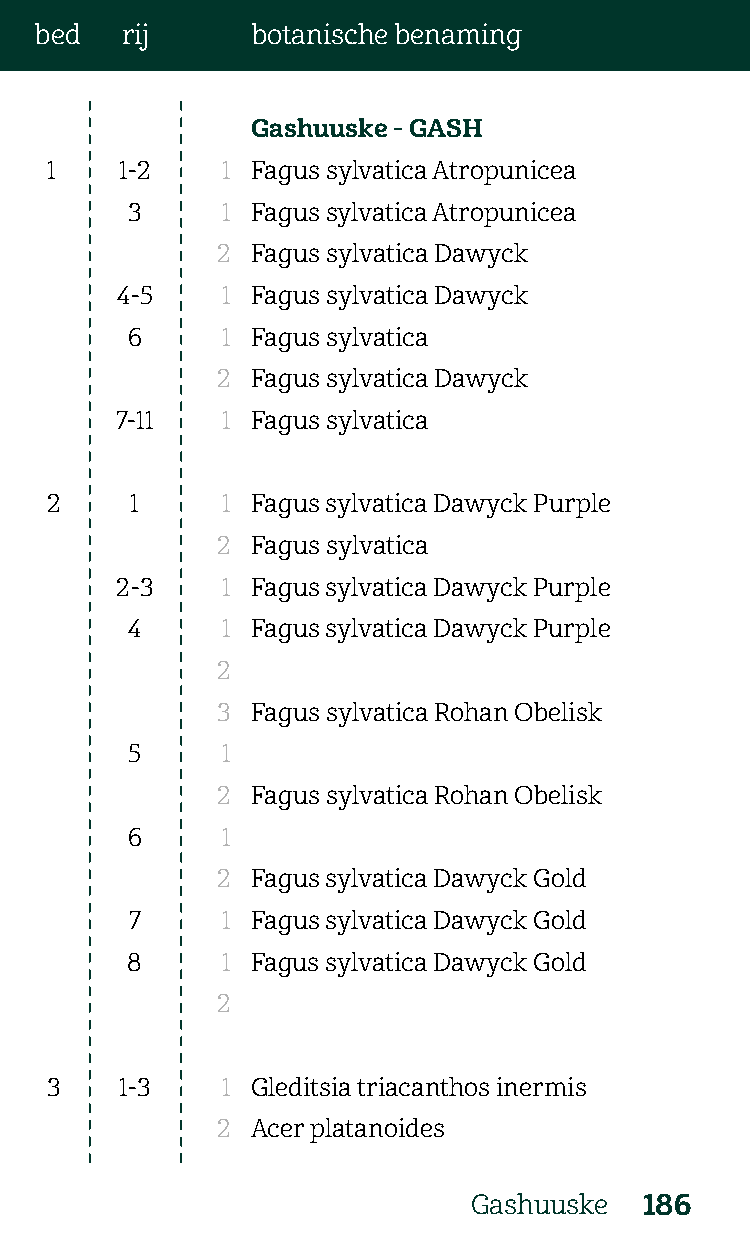
bed   rij      botanische benaming
 Gashuuske - GASH
 1    1-2    1 Fagus sylvatica Atropunicea
 3      1 Fagus sylvatica Atropunicea
 2  Fagus sylvatica Dawyck
 4-5    1 Fagus sylvatica Dawyck
 6      1 Fagus sylvatica
 2  Fagus sylvatica Dawyck
 7-11   1 Fagus sylvatica
 2     1     1 Fagus sylvatica Dawyck Purple
 2  Fagus sylvatica
 2-3    1 Fagus sylvatica Dawyck Purple
 4      1 Fagus sylvatica Dawyck Purple
 2
 3  Fagus sylvatica Rohan Obelisk
 5      1
 2  Fagus sylvatica Rohan Obelisk
 6      1
 2  Fagus sylvatica Dawyck Gold
 7     1 Fagus sylvatica Dawyck Gold
 8      1 Fagus sylvatica Dawyck Gold
 2
 3    1-3    1 Gleditsia triacanthos inermis
 2  Acer platanoides
 Gashuuske   186